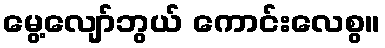
မွေ့လျော်ဘွယ် ကောင်းလေစွ။